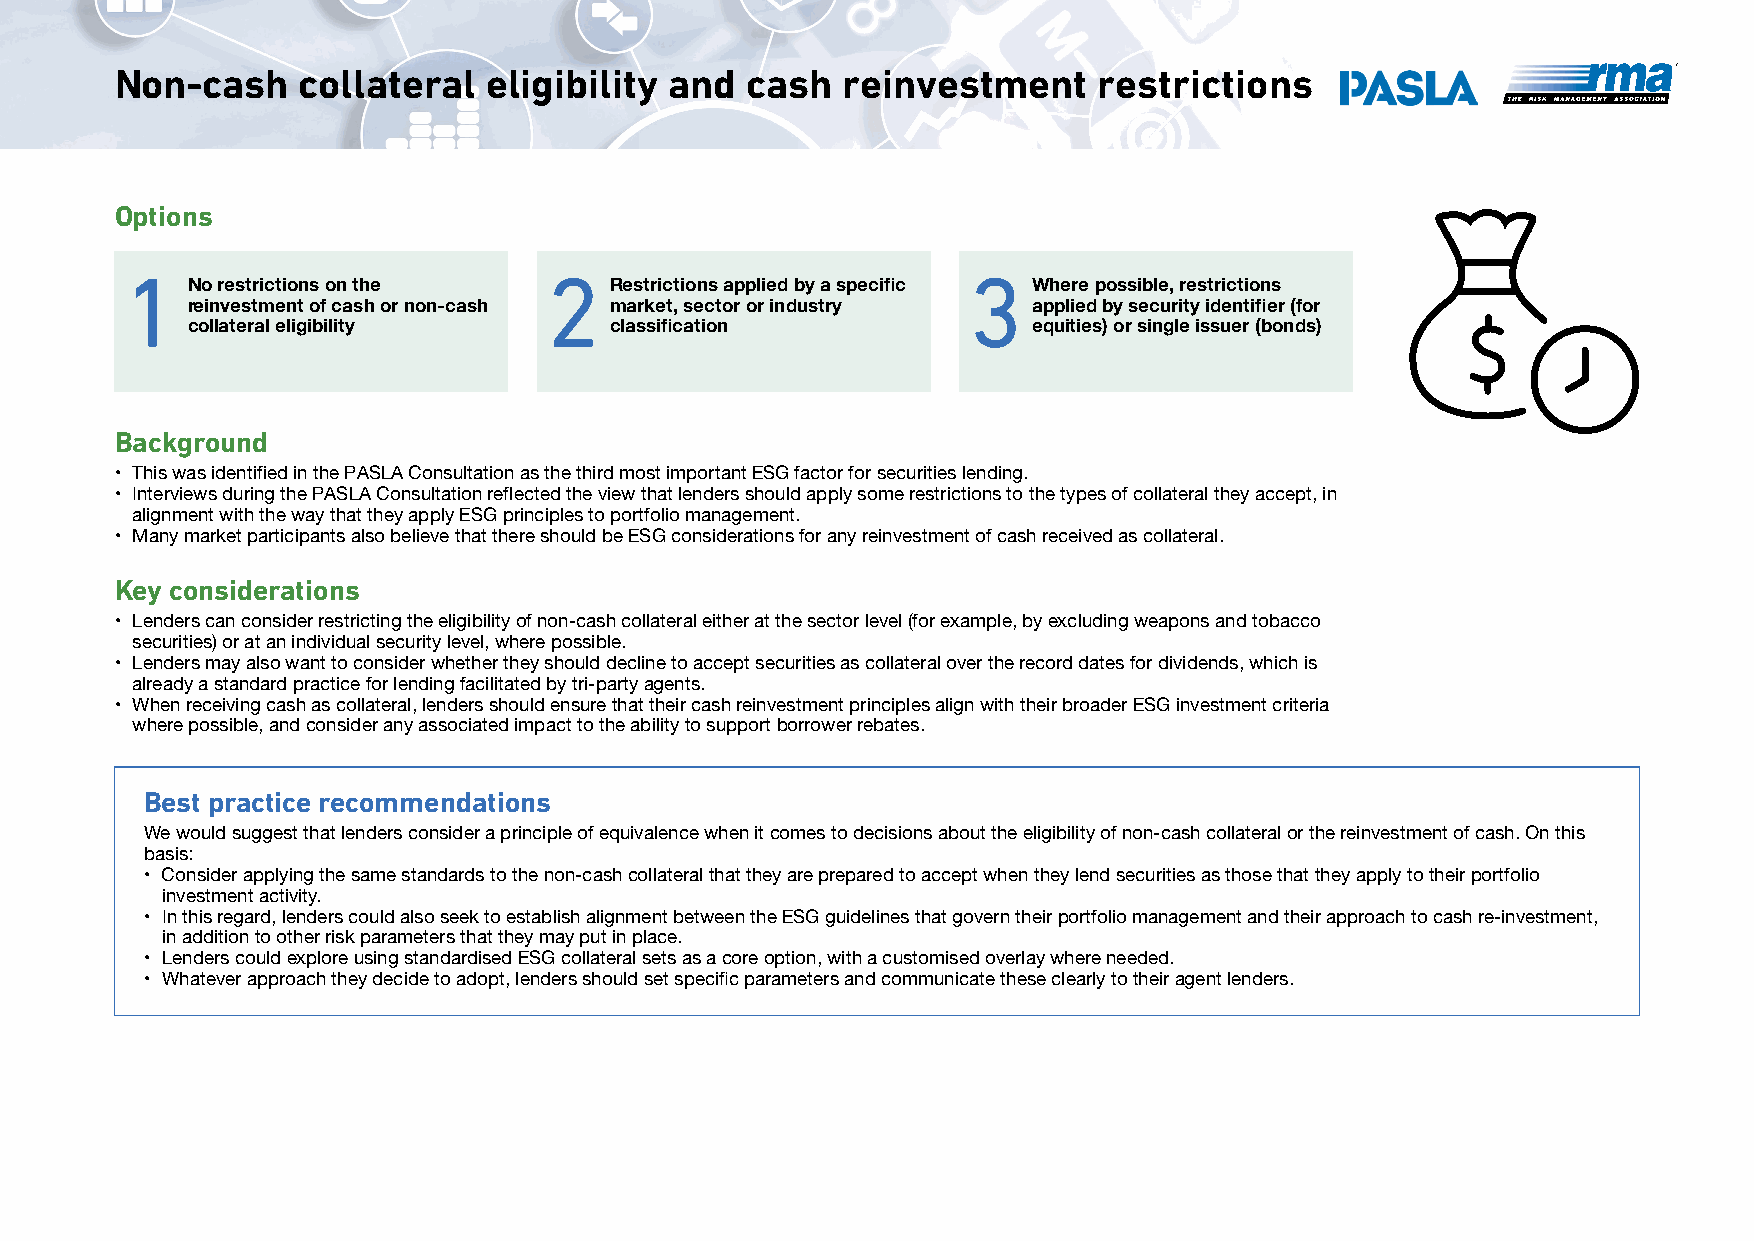
Non-cash    collateral  eligibility and  cash   reinvestment     restrictions
 Options
 1                           2                           3
 No restrictions on the      Restrictions applied by a specific Where possible, restrictions
 reinvestment of cash or non-cash market, sector or industry applied by security identifier (for
 collateral eligibility      classification              equities) or single issuer (bonds)
 Background
 • This was identified in the PASLA Consultation as the third most important ESG factor for securities lending.
 • Interviews during the PASLA Consultation reflected the view that lenders should apply some restrictions to the types of collateral they accept, in
 alignment with the way that they apply ESG principles to portfolio management.
 • Many market participants also believe that there should be ESG considerations for any reinvestment of cash received as collateral.
 Key considerations
 • Lenders can consider restricting the eligibility of non-cash collateral either at the sector level (for example, by excluding weapons and tobacco
 securities) or at an individual security level, where possible.
 • Lenders may also want to consider whether they should decline to accept securities as collateral over the record dates for dividends, which is
 already a standard practice for lending facilitated by tri-party agents.
 • When receiving cash as collateral, lenders should ensure that their cash reinvestment principles align with their broader ESG investment criteria
 where possible, and consider any associated impact to the ability to support borrower rebates.
 Best practice recommendations
 We would suggest that lenders consider a principle of equivalence when it comes to decisions about the eligibility of non-cash collateral or the reinvestment of cash. On this
 basis:
 • Consider applying the same standards to the non-cash collateral that they are prepared to accept when they lend securities as those that they apply to their portfolio
 investment activity.
 • In this regard, lenders could also seek to establish alignment between the ESG guidelines that govern their portfolio management and their approach to cash re-investment,
 in addition to other risk parameters that they may put in place.
 • Lenders could explore using standardised ESG collateral sets as a core option, with a customised overlay where needed.
 • Whatever approach they decide to adopt, lenders should set specific parameters and communicate these clearly to their agent lenders.